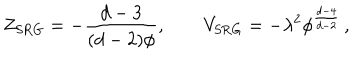
Z _ { \mathrm { S R G } } = - \frac { d - 3 } { ( d - 2 ) \phi } , \qquad V _ { \mathrm { S R G } } = - \lambda ^ { 2 } \phi ^ { \frac { d - 4 } { d - 2 } } \, ,